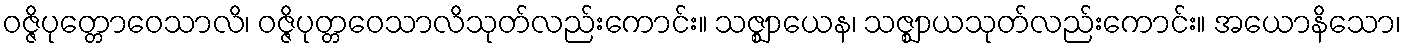
ဝဇ္ဇိပုတ္တောဝေသာလိ၊ ဝဇ္ဇိပုတ္တဝေသာလိသုတ်လည်းကောင်း။ သဇ္ဈာယေန၊ သဇ္ဈာယသုတ်လည်းကောင်း။ အယောနိသော၊